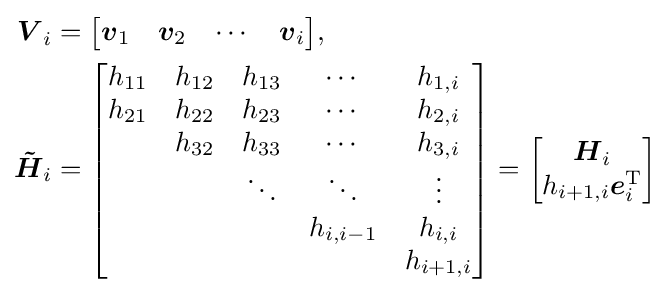
{\begin{aligned}{\boldsymbol {V}}_{i}&={\begin{bmatrix}{\boldsymbol {v}}_{1}&{\boldsymbol {v}}_{2}&\cdots &{\boldsymbol {v}}_{i}\end{bmatrix}}{\text{,}}\\{\boldsymbol {\tilde {H}}}_{i}&={\begin{bmatrix}h_{11}&h_{12}&h_{13}&\cdots &h_{1,i}\\h_{21}&h_{22}&h_{23}&\cdots &h_{2,i}\\&h_{32}&h_{33}&\cdots &h_{3,i}\\&&\ddots &\ddots &\vdots \\&&&h_{i,i-1}&h_{i,i}\\&&&&h_{i+1,i}\end{bmatrix}}={\begin{bmatrix}{\boldsymbol {H}}_{i}\\h_{i+1,i}{\boldsymbol {e}}_{i}^{\mathrm {T} }\end{bmatrix}}\end{aligned}}